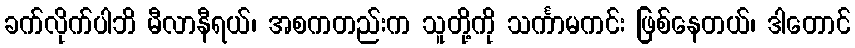
ခက်လိုက်ပါဘိ မီလာနီရယ်၊ အစကတည်းက သူတို့ကို သင်္ကာမကင်း ဖြစ်နေတယ်၊ ဒါတောင်